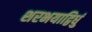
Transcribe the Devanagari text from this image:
शरभयाद्विधुं